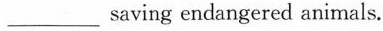
___ saving endangered animals.